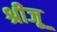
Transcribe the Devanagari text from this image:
श्रीजू